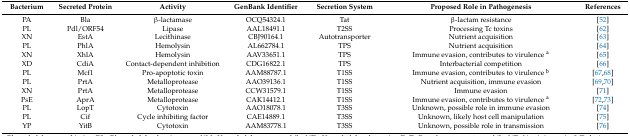
| Bacterium | Secreted Protein | Activity | GenBank Identifier | Secretion System | Proposed Role in Pathogenesis | References |
 | --- | --- | --- | --- | --- | --- | --- |
 | PA | Bla | β-lactamase | OCQ54324.1 | Tat | β-lactam resistance | [52] |
 | PL | Pdl/ORF54 | Lipase | AAL18491.1 | T2SS | Processing Tc toxins | [62] |
 | XN | EstA | Lecithinase | CBJ90164.1 | Autotransporter | Nutrient acquisition | [63] |
 | PL | PhlA | Hemolysin | AL662784.1 | TPS | Nutrient acquisition | [64] |
 | XN | XhlA | Hemolysin | AAV33651.1 | TPS | Immune evasion, contributes to virulence a | [65] |
 | XD | CdiA | Contact-dependent inhibition | CDG16822.1 | TPS | Interbacterial competition | [66] |
 | PL | Mcf1 | Pro-apoptotic toxin | AAM88787.1 | T1SS | Immune evasion, contributes to virulence b | [67,68] |
 | PL | PrtA | Metalloprotease | AAO39136.1 | T1SS | Nutrient acquisition, immune evasion | [69,70] |
 | XN | PrtA | Metalloprotease | CCW31579.1 | T1SS | Immune evasion | [71] |
 | PsE | AprA | Metalloprotease | CAK14412.1 | T1SS | Immune evasion, contributes to virulence a | [72,73] |
 | PL | LopT | Cytotoxin | AAO18078.1 | T3SS | Unknown, possible role in immune evasion | [74] |
 | PL | Cif | Cycle inhibiting factor | CAE14889.1 | T3SS | Unknown, likely host cell manipulation | [75] |
 | YP | YitB | Cytotoxin | AAM83778.1 | T3SS | Unknown, possible role in transmission | [76] |